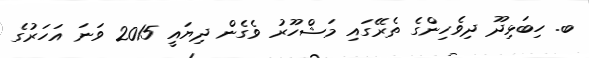
ބ. ހިބަޅިދޫ ދިވެހިންގެ ތެރޭގައި މަޝްހޫރު ވެގެން ދިޔައީ 2015 ވަނަ އަހަރުގެ